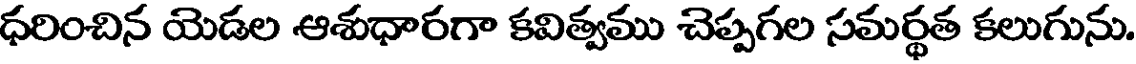
ధరించిన యెడల ఆశుధారగా కవిత్వము చెప్పగల సమర్థత కలుగును